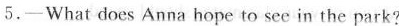
5.—What does Anna hope to see in the park?